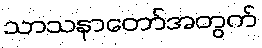
သာသနာတော်အတွက်